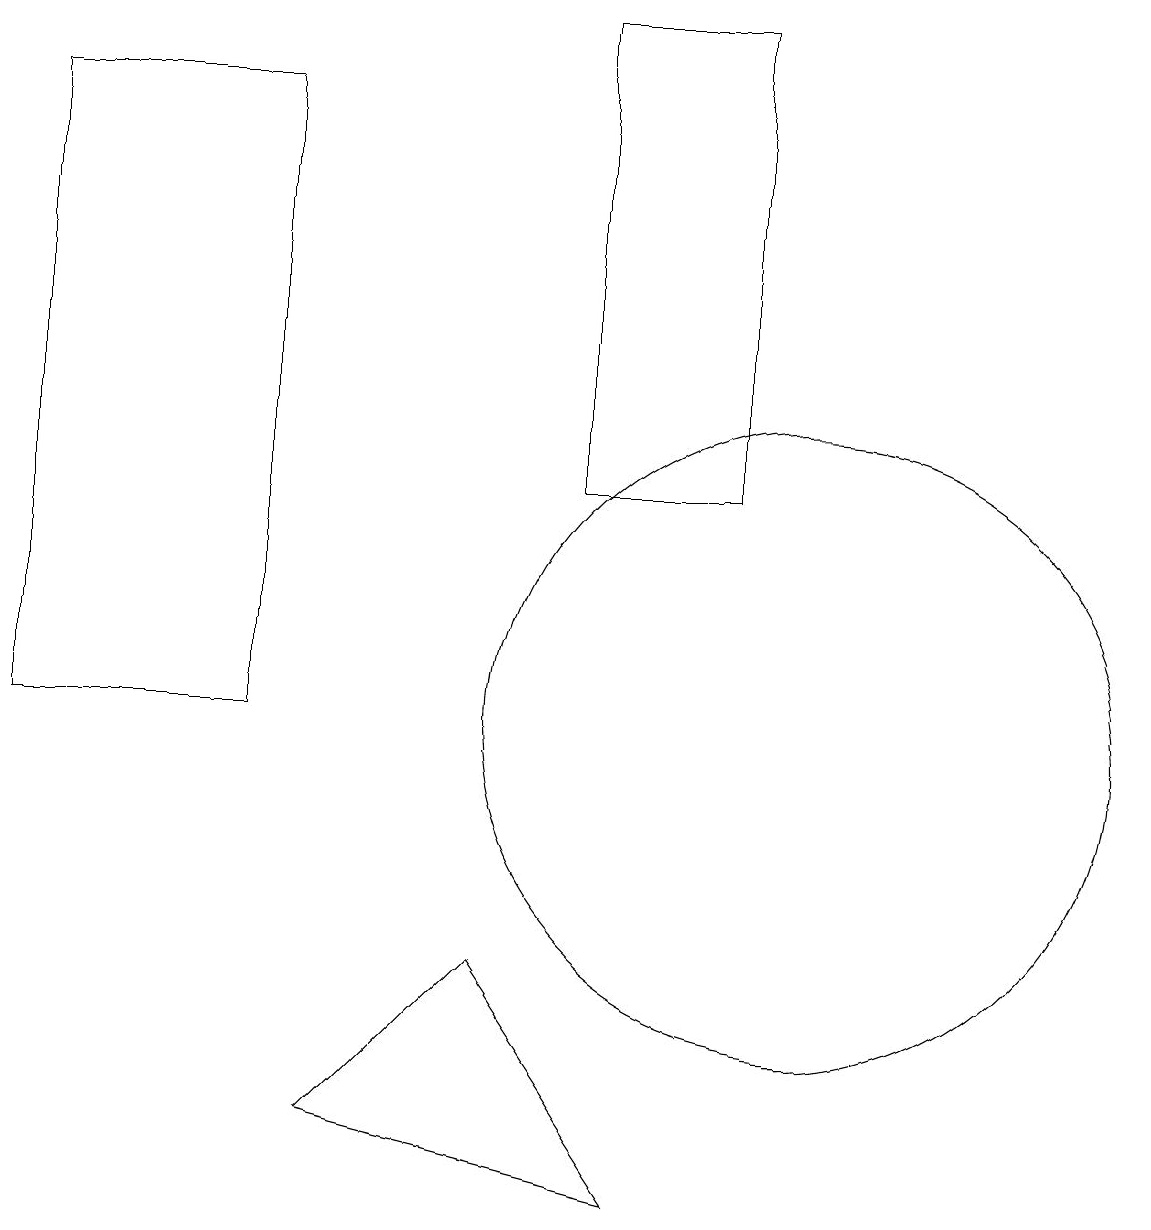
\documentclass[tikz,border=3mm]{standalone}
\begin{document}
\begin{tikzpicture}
\draw (4,5) -- (8,4) -- (6,7) -- cycle;
\draw (11,12) circle (0);
\draw (10,10) circle (4);
\draw (3,18) rectangle (0,10);
\draw (7,14) rectangle (7,17);
\draw (9,19) rectangle (7,13);
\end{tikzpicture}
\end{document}